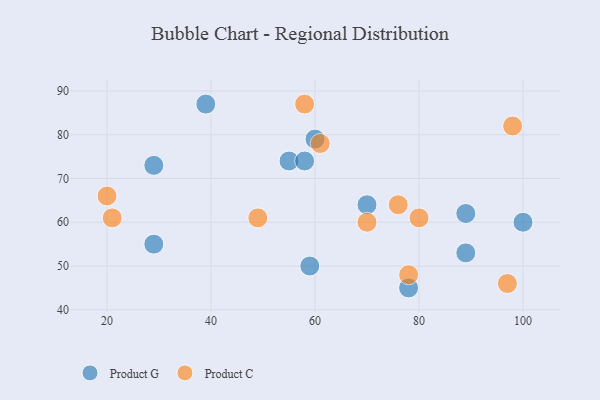
{"axis": {"x": "GDP", "y": "Life Expectancy"}, "legend": ["Product C", "Product G"], "data": [{"x": "39", "y": 87, "type": "Product G"}, {"x": "59", "y": 50, "type": "Product G"}, {"x": "55", "y": 74, "type": "Product G"}, {"x": "29", "y": 55, "type": "Product G"}, {"x": "100", "y": 60, "type": "Product G"}, {"x": "70", "y": 64, "type": "Product G"}, {"x": "89", "y": 62, "type": "Product G"}, {"x": "58", "y": 74, "type": "Product G"}, {"x": "60", "y": 79, "type": "Product G"}, {"x": "78", "y": 45, "type": "Product G"}, {"x": "89", "y": 53, "type": "Product G"}, {"x": "29", "y": 73, "type": "Product G"}, {"x": "20", "y": 66, "type": "Product C"}, {"x": "97", "y": 46, "type": "Product C"}, {"x": "58", "y": 87, "type": "Product C"}, {"x": "21", "y": 61, "type": "Product C"}, {"x": "49", "y": 61, "type": "Product C"}, {"x": "78", "y": 48, "type": "Product C"}, {"x": "98", "y": 82, "type": "Product C"}, {"x": "80", "y": 61, "type": "Product C"}, {"x": "70", "y": 60, "type": "Product C"}, {"x": "76", "y": 64, "type": "Product C"}, {"x": "61", "y": 78, "type": "Product C"}]}